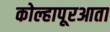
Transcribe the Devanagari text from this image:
कोल्हापूरआता